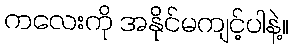
ကလေးကို အနိုင်မကျင့်ပါနဲ့။